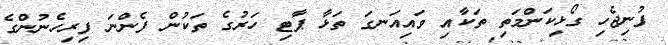
ފުނިޖެހި ގޯޅިކަންމަތި ތަކާއި ވައިއަނގަ ތަޅާ ޕާޓި ހަރުގެ ތަކުން ފެންނަ ފިރިހެނުންގެ